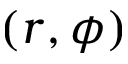
( r , \phi )